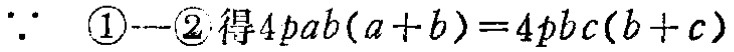
\(\because\) \textcircled{1}--\textcircled{2} 得\(4pab(a + b)=4pbc(b + c)\)